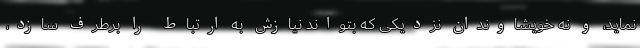
نماید، و نه خویشاوندان نزدیکی که بتواند نیازش به ارتباط را برطرف سازد،